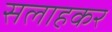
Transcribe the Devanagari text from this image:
सलाहकर